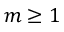
m \geq 1